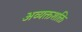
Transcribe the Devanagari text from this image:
अव्यक्तशक्ति